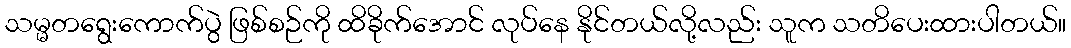
သမ္မတရွေးကောက်ပွဲ ဖြစ်စဉ်ကို ထိခိုက်အောင် လုပ်နေ နိုင်တယ်လို့လည်း သူက သတိပေးထားပါတယ်။